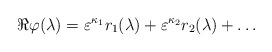
\begin{align*}\Re \varphi(\lambda) = \varepsilon^{\kappa_1} r_1(\lambda) +\varepsilon^{\kappa_2} r_2(\lambda) + \ldots\end{align*}